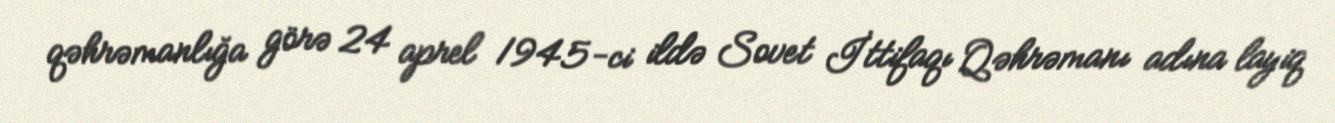
qəhrəmanlığa görə 24 aprel 1945-ci ildə Sovet İttifaqı Qəhrəmanı adına layiq